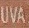
UVA